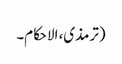
(ترمذی، الاحکام۔